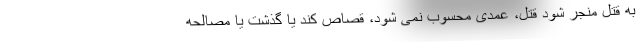
به قتل منجر شود قتل، عمدی محسوب نمی شود، قصاص کند یا گذشت یا مصالحه